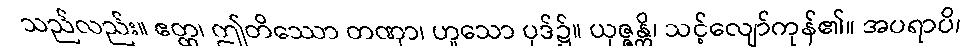
သည်လည်း။ ဧတ္ထ၊ ဤတိဿော တဏှာ၊ ဟူသော ပုဒ်၌။ ယုဇ္ဇန္တိ၊ သင့်လျော်ကုန်၏။ အပရာပိ၊